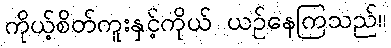
ကိုယ့်စိတ်ကူးနှင့်ကိုယ် ယဉ်နေကြသည်။